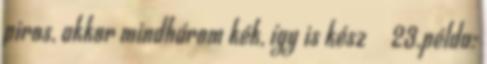
piros, akkor mindhárom kék, így is kész  23.példa: